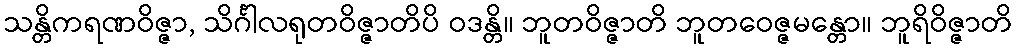
သန္တိကရဏဝိဇ္ဇာ, သိင်္ဂါလရုတဝိဇ္ဇာတိပိ ဝဒန္တိ။ ဘူတဝိဇ္ဇာတိ ဘူတဝေဇ္ဇမန္တော။ ဘူရိဝိဇ္ဇာတိ